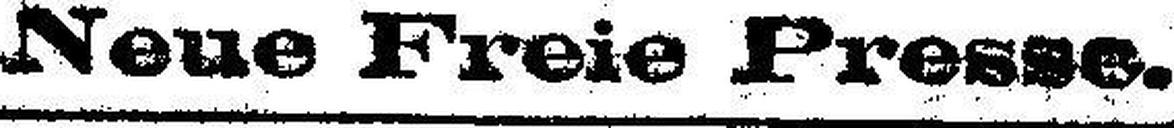
Neue Freie Presse.